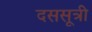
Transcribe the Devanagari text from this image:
दससूत्री